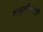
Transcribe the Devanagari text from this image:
वसूलीसाठी